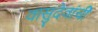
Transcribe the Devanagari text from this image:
वासुदेवांची